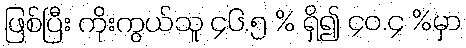
ဖြစ်ပြီး ကိုးကွယ်သူ ၄၆.၅ % ရှိ၍ ၄၀.၄ %မှာ